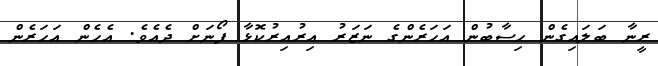
ރީނާ ބަލައިގެން ހިސާބުން އަހަރެންގެ ނަޒަރު އިރުއިރުކޮޅާ ފޯނަށް ދެއެވެ. އެހެން އަހަރެން